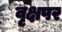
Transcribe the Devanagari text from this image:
वृक्षपर